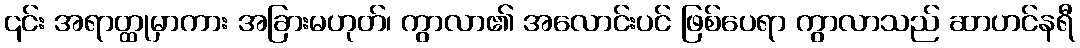
၎င်း အရာတ္ထုမှာကား အခြားမဟုတ်၊ ကွာလာ၏ အလောင်းပင် ဖြစ်ပေရာ ကွာလာသည် ဆာဟင်နရီ